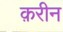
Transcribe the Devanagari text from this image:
क़रीन